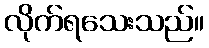
လိုက်ရသေးသည်။